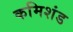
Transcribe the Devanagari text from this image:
कमिशंड